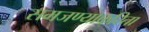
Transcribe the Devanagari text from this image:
समजण्याकरिता